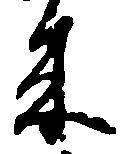
来